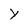
Character: Y